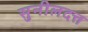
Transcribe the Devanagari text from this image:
सुनीलदत्त